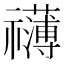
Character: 𮂣